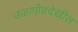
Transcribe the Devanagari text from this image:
ऊहापोहदेखील